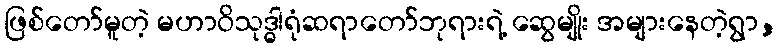
ဖြစ်တော်မူတဲ့ မဟာဝိသုဒ္ဓါရုံဆရာတော်ဘုရားရဲ့ ဆွေမျိုး အများနေတဲ့ရွာ,